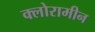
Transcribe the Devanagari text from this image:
क्लोरामीन